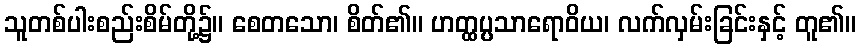
သူတစ်ပါးစည်းစိမ်တို့၌။ စေတသော၊ စိတ်၏။ ဟတ္ထပ္ပသာရောဝိယ၊ လက်လှမ်းခြင်းနှင့် တူ၏။